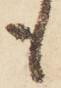
も